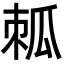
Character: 𤫷